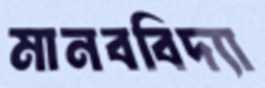
মানববিদ্যা